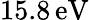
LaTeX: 15.8\, \mathrm{{eV}}